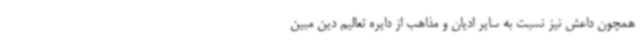
همچون داعش نیز نسبت به سایر ادیان و مذاهب از دایره تعالیم دین مبین